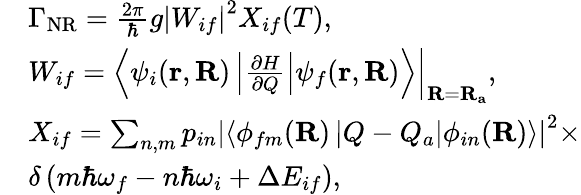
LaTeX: \begin{array}{rl}&{\Gamma_{\mathrm{NR}}=\frac{2\pi}{\hbar}g\left|W_{if}\right|^{2}X_{if}(T),}\\ &{W_{if}=\left.\left\langle\psi_{i}(\mathbf{r},\mathbf{R})\left|\frac{\partial H}{\partial Q}\right|\psi_{f}(\mathbf{r},\mathbf{R})\right\rangle\right|_{\mathbf{R}=\mathbf{R}_{\mathbf{a}}},}\\ &{X_{if}=\sum_{n,m}p_{in}\left|\left\langle\phi_{fm}(\mathbf{R})\left|Q-Q_{a}\right|\phi_{in}(\mathbf{R})\right\rangle\right|^{2}\times}\\ &{\delta\left(m\hbar\omega_{f}-n\hbar\omega_{i}+\Delta E_{if}\right),}\end{array}